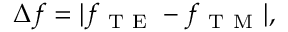
\Delta f = | f _ { \mathrm { ~ T ~ E ~ } } - f _ { \mathrm { ~ T ~ M ~ } } | ,